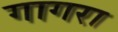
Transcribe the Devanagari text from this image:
गागरा